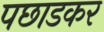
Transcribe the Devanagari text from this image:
पछाडकर